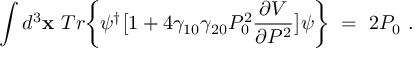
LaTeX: \int d ^ { 3 } { \bf x } \ T r \bigg \{ \psi ^ { \dagger } \big [ 1 + 4 \gamma _ { 1 0 } \gamma _ { 2 0 } P _ { 0 } ^ { 2 } \frac { \partial V } { \partial P ^ { 2 } } \big ] \psi \bigg \} \ = \ 2 P _ { 0 } \ .